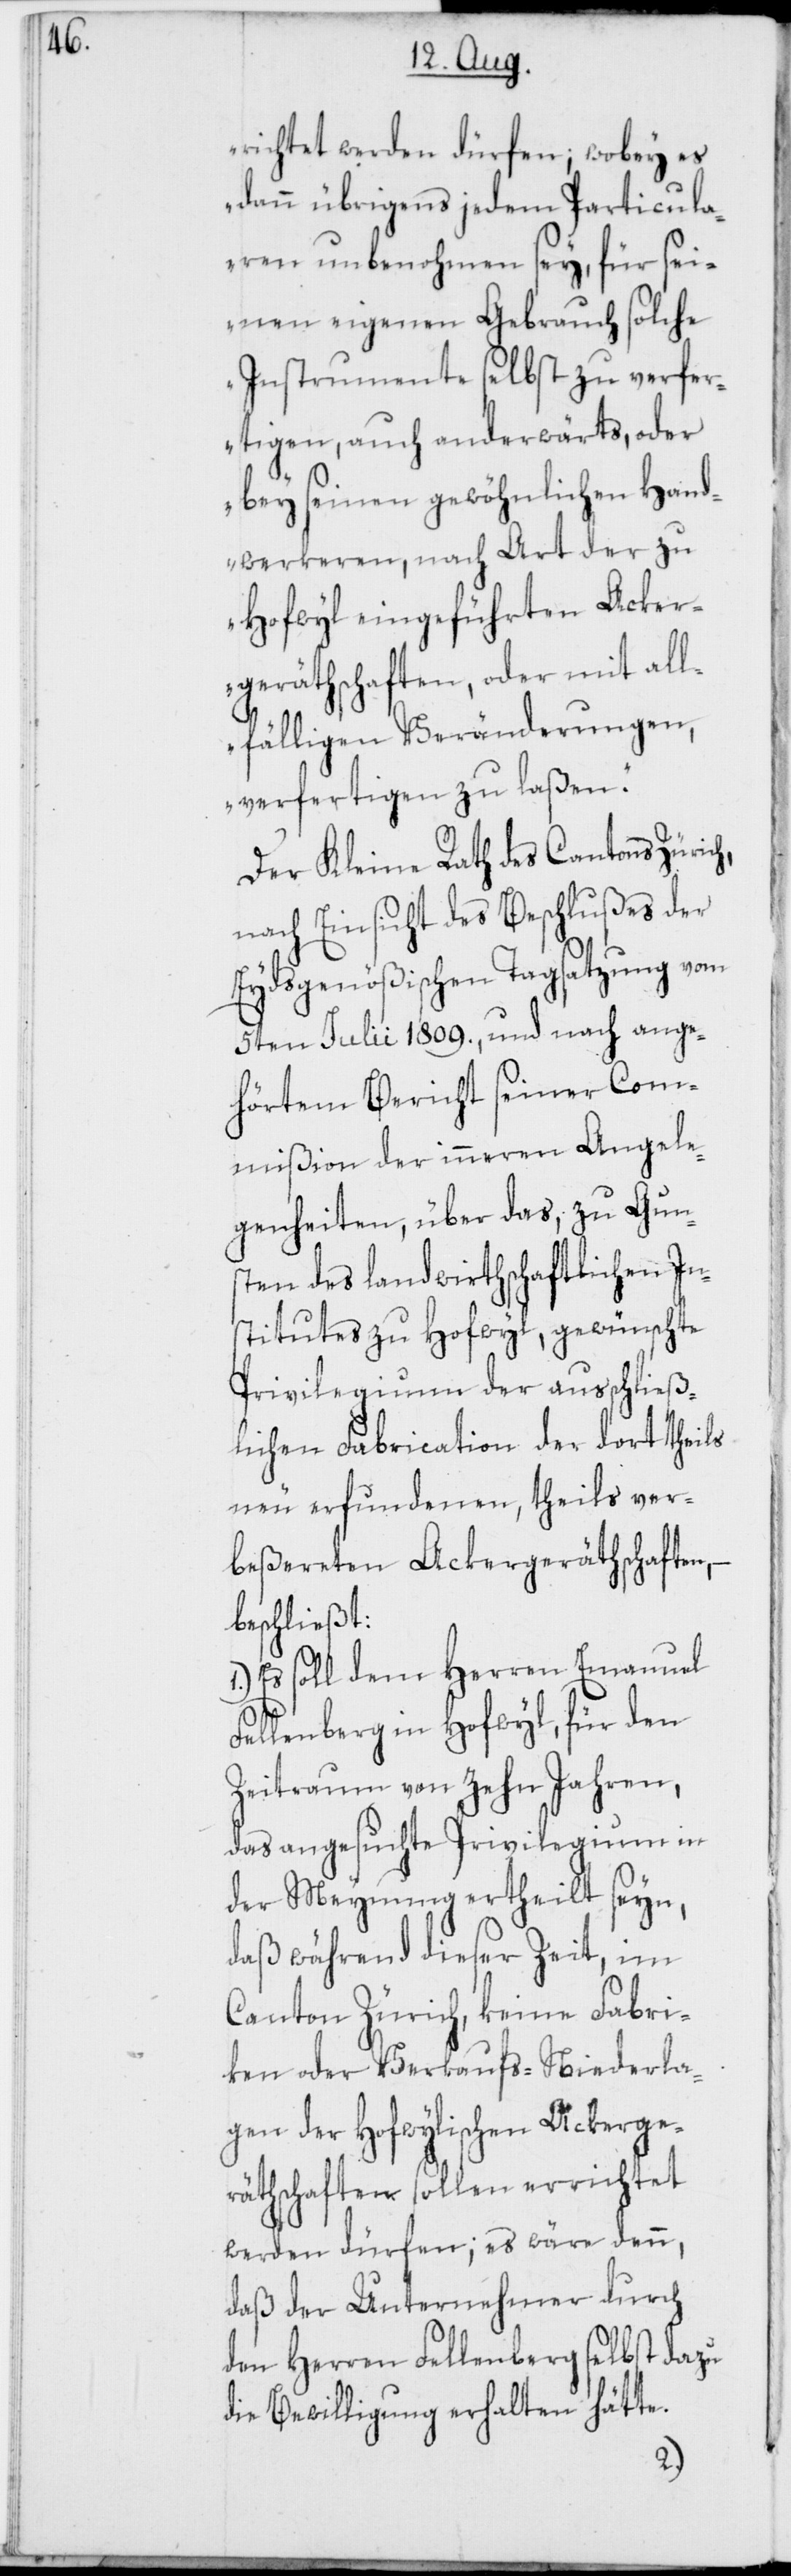
richtet werden dürfen; wobey es
dann übrigens jedem Particula¬
ren unbenohmen sey, für sei¬
nen eigenen Gebrauch solche
Instrumente selbst zu verfer¬
tigen, auch anderwärts, oder
bey seinen gewöhnlichen Hand¬
werkeren, nach Art der zu
Hofwyl eingeführten Acker¬
geräthschaften, oder mit all¬
fälligen Veränderungen,
verfertigen zu laßen.“
Der Kleine Rath des Cantons Zürich,
nach Einsicht des Beschlußes der
Eydsgenößischen Tagsatzung vom
5ten Julii 1809., und nach ange¬
hörtem Bericht seiner Com¬
mißion der inneren Angele¬
genheiten, über das, zu Gun¬
sten des landwirthschaftlichen In¬
stitutes zu Hofwyl, gewünschte
Privilegium der ausschließ¬
lichen Fabrication der dort theils
neu erfundenen, theils ver¬
beßereten Ackergeräthschaften, –
beschließt:
Es soll dem Herren Emanuel
Fellenberg in Hofwyl, für den
Zeitraum von zehn Jahren,
das angesuchte Privilegium in
der Meynung ertheilt seyn,
daß während dieser Zeit, im
Canton Zürich, keine Fabri¬
ken oder Verkaufs-Niederla¬
gen der Hofwylischen Ackerge¬
räthschaften sollen errichtet
werden dürfen; es wäre denn,
daß der Unternehmer durch
den Herren Fellenberg selbst dazu
die Bewilligung erhalten hätte.
1.)